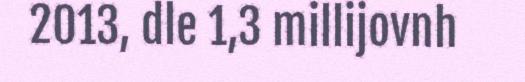
2013, dle 1,3 millijovnh